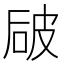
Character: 𰦻